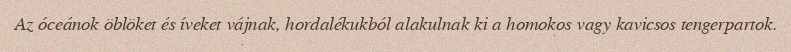
Az óceánok öblöket és íveket vájnak, hordalékukból alakulnak ki a homokos vagy kavicsos tengerpartok.